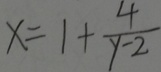
x = 1 + \frac { 4 } { y - 2 }